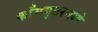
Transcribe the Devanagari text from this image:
काँम्प्युटरमध्ये